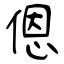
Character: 𫣆